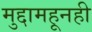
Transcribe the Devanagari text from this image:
मुद्दामहूनही